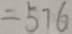
= 5 7 6